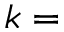
k =